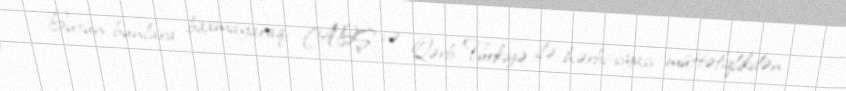
Bütün bunlara baxmayaraq, ABŞ və Qərb Türkiyə ilə hərbi-siyasi müttəfiqlikdən